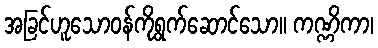
အခြင်ဟူသောဝန်ကိုရွက်ဆောင်သော။ ကဏ္ဏိကာ၊